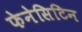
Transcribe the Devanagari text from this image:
फेनेसिटिन